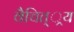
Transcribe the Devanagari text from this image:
वैचित््रय